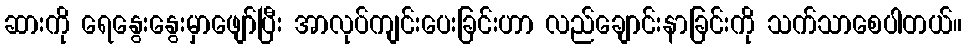
ဆားကို ရေနွေးနွေးမှာဖျော်ပြီး အာလုပ်ကျင်းပေးခြင်းဟာ လည်ချောင်းနာခြင်းကို သက်သာစေပါတယ်။